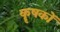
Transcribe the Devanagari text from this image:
कॄषकों